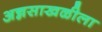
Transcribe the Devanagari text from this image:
अन्नसाखळीला